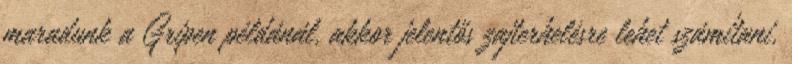
maradunk a Gripen példánál, akkor jelentős zajterhelésre lehet számítani,